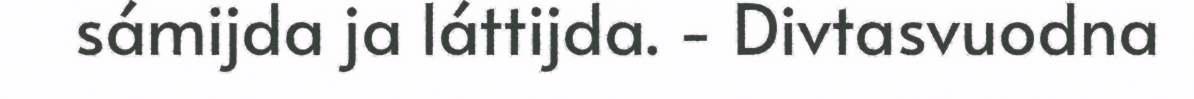
sámijda ja láttijda. - Divtasvuodna